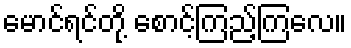
မောင်ရင်တို့ စောင့်ကြည့်ကြလေ။